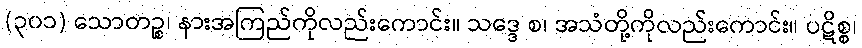
(၃၀၁) သောတဉ္စ၊ နားအကြည်ကိုလည်းကောင်း။ သဒ္ဒေ စ၊ အသံတို့ကိုလည်းကောင်း။ ပဋိစ္စ၊